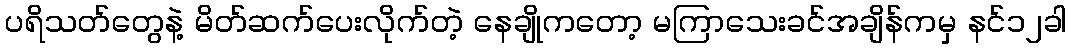
ပရိသတ်တွေနဲ့ မိတ်ဆက်ပေးလိုက်တဲ့ နေချိုကတော့ မကြာသေးခင်အချိန်ကမှ နင်၁၂ခါ